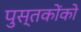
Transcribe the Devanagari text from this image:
पुस्‍तकोंको